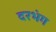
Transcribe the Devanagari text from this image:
दरभंग